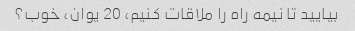
بیایید تا نیمه راه را ملاقات کنیم، 20 یوان، خوب؟